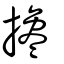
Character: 攙